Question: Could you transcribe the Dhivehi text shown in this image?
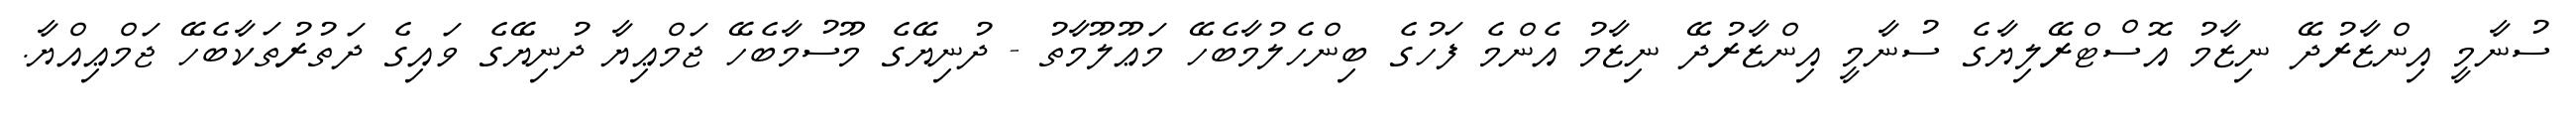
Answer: ސުނާމީ އިންޒާރުދޭ ނިޒާމު އޮސްޓްރޭލިޔާގެ ސުނާމީ އިންޒާރުދޭ ނިޒާމު އެންމެ ފަހުގެ ބިންހެލުމާބެހޭ މަޢޫލޫމާތު - ދުނިޔޭގެ މޫސުމާބެހޭ ޖަމްޢިޔާ ދުނިޔޭގެ ވައިގެ ދަތުރުތަކާބެހޭ ޖަމްޢިއްޔާ.